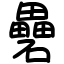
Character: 礨